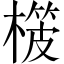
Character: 𣙨